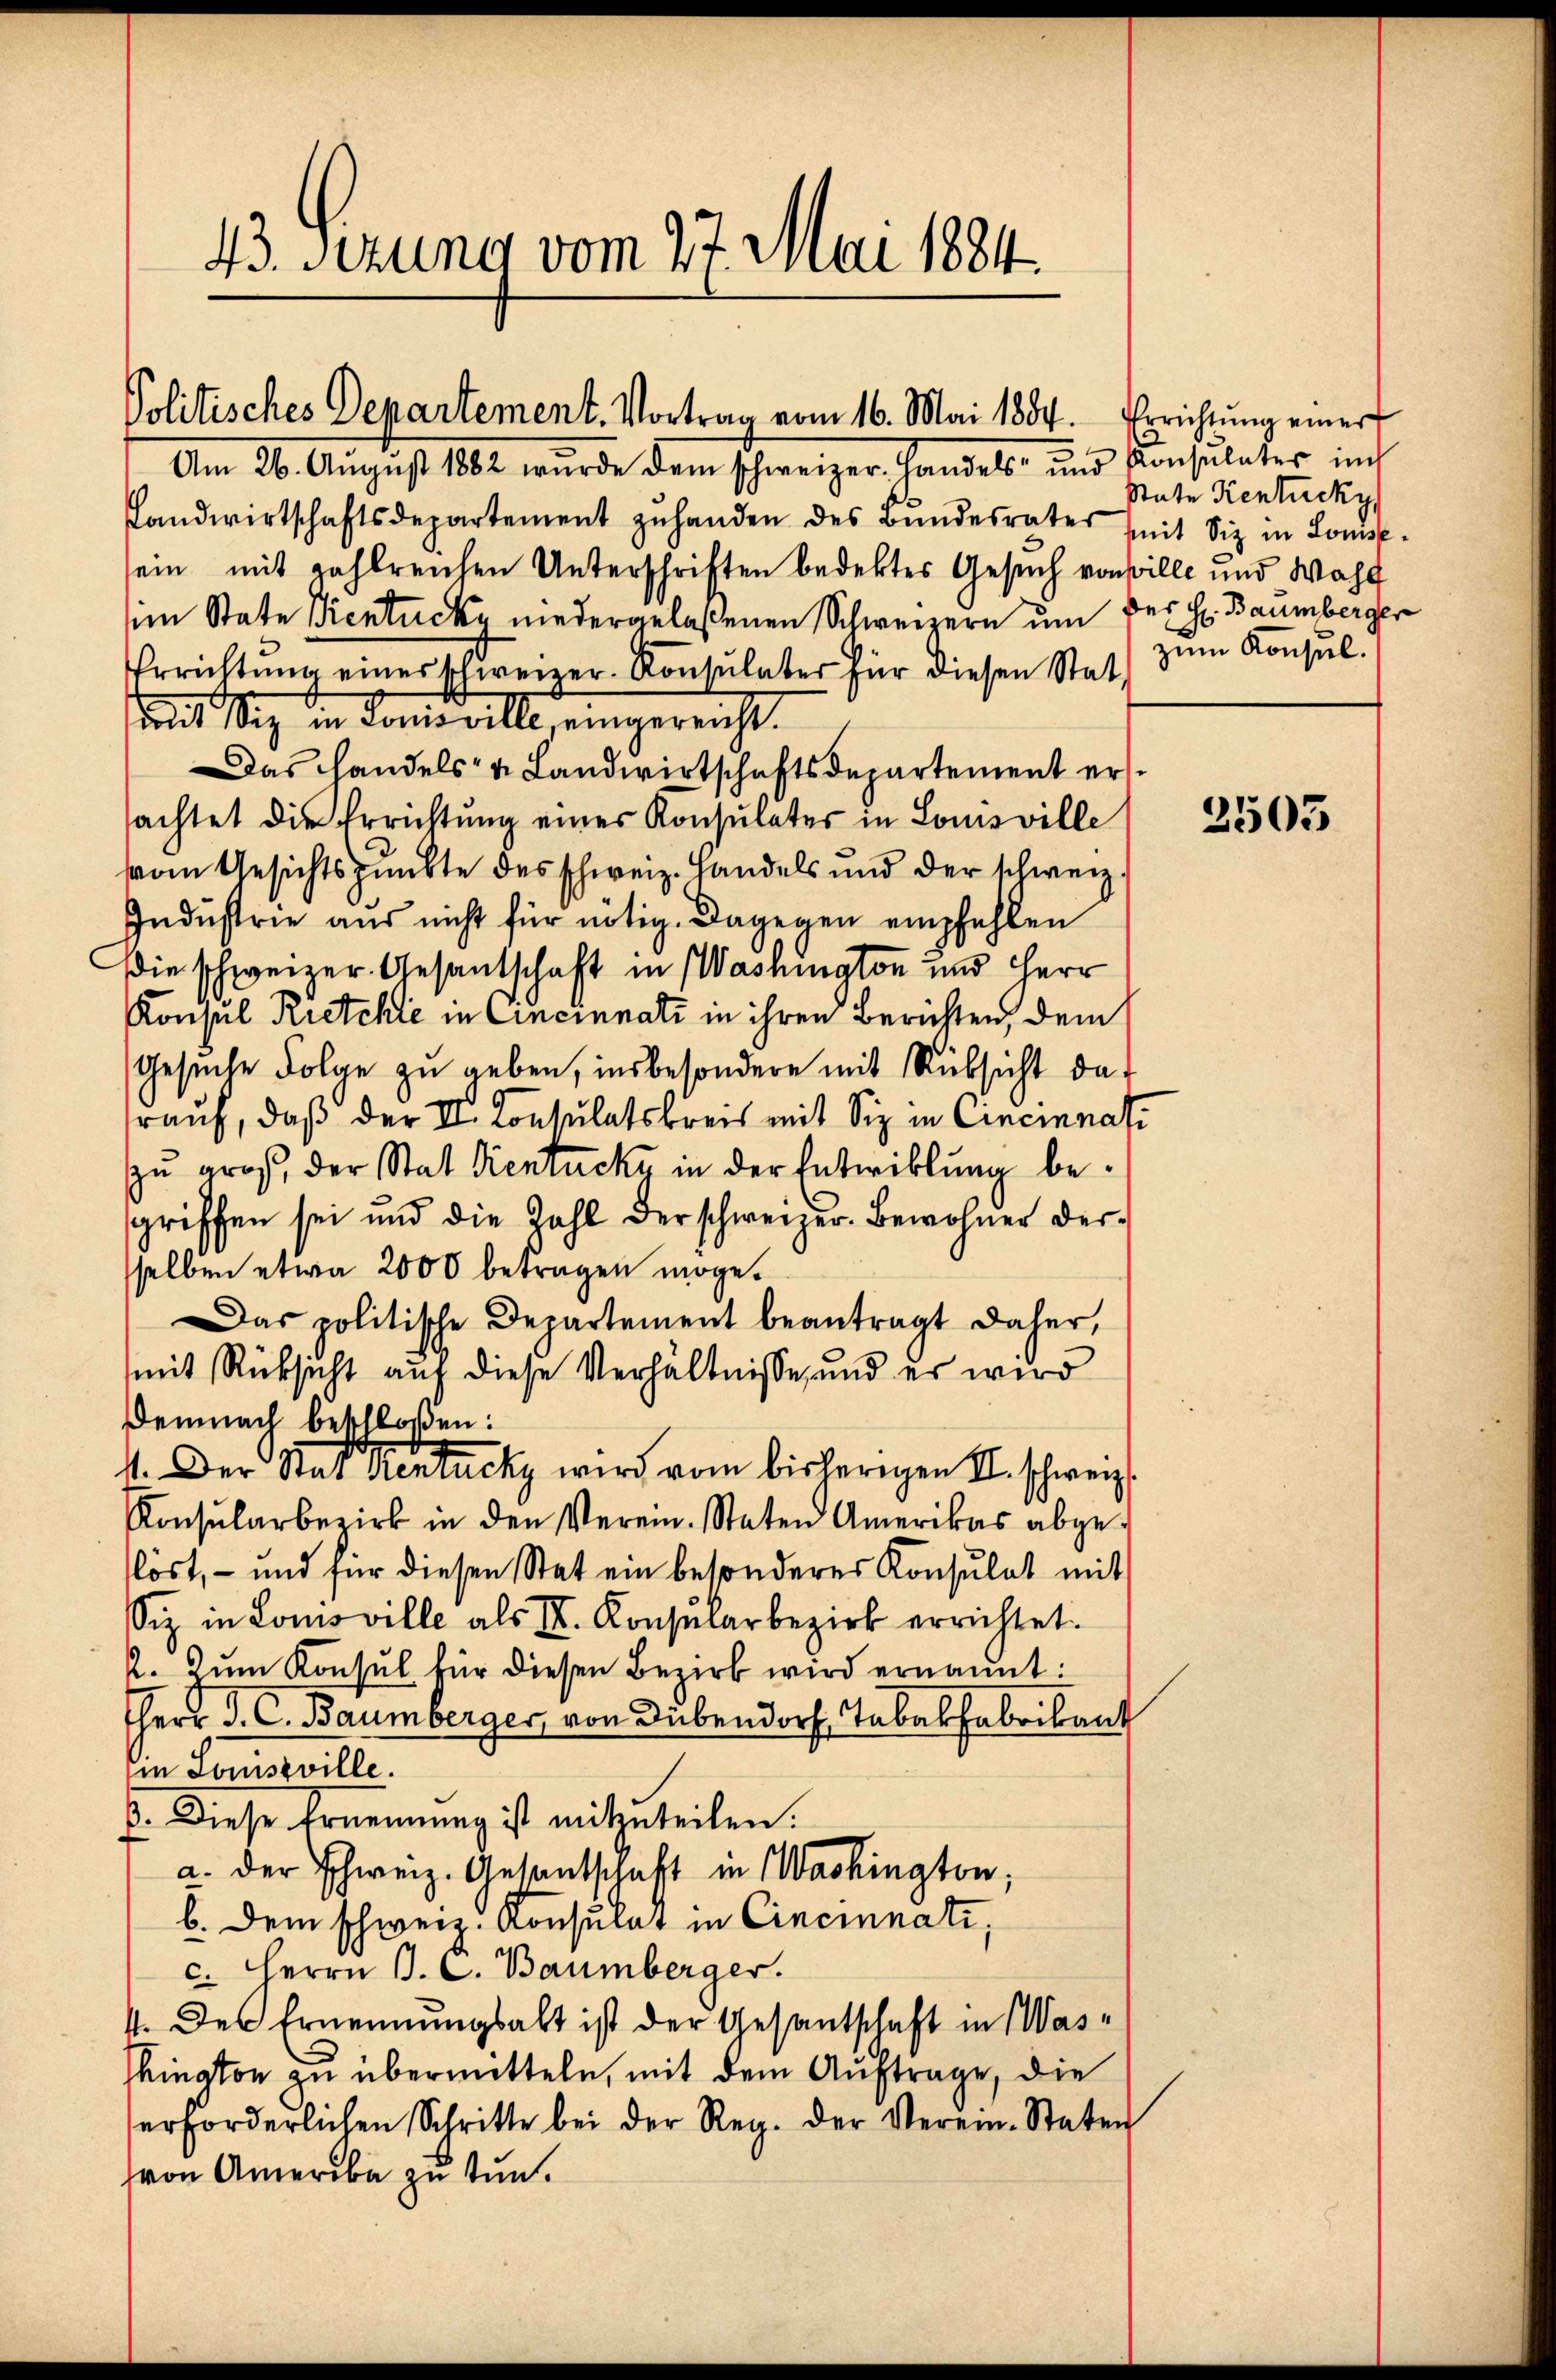
43. sezung vom 27. Mai 1884.

Politisches Departement. Vortrag vom 16. Mai 1884. Errichtung einer
Am 26. August 1882 wurde dem schweizer. Handels- und Konsulater in

Landwirtschaftsdepartement zŭ handen des Bŭndesrates mit Siz in Lomp-
sein mit zahlreichen Unterschriften bedektes Gesuch von wille und Wahl
im State Ventucky niedergelaßenen Schweizern um der H. Baumberger
Errichtŭng einer schweizer. Konsulater für diesen Stat
mit Siz in Louisville eingereicht.
Das Handels- & Landwirtschaftsdepartement ersachtet die Errichtung eines Konsulater in Louisville
vom Gesichtspunkte des Schweiz. Handels und der schweiz.
Industrie aus nicht für nötig. Dagegen empfehlen
(die schweizer Gesantschaft in Washington und Herr
Konsul Kretchić in Cincinati in ihren Berichten, dem
Gesuche Folge zu geben, insbesondere mit Rüksicht daf
rauf, daß der II. Konsulatskreis mit Sie in Cincinati
zu groß, der Stat dientack in der Entwicklung begriffen sei und die Zahl der schweizer. Bewohner der
sselben etwa 2000 betragen möge.
Das politische Departement beantragt daher,
mit Rücksicht auf diese Verhältnisse, und er wird
Demnach beschloßen:
1. Der Stat Rentuchy wird vom bisherigen II. schweiz.
Konsŭlarbezirk in den Verein. Staten Amerikas abge-
flöst, – und für diesen Stat ein besonderer Konsulat mit
Siz in Lomoville als II. Konsŭlar bezirk errichtet.
2. Zum Konsul für diesen Bezirk wird ernannt.
therr J. C. Baumberger, von Dübendorf, Tabakfabrikant
iin Louisville.
6. Diese Ernennung ist mitzuteilen.
a. der Schweiz. Gesentschaft in Washington,
b. dem schweiz. Konsulat in Cincinati,
c. Herrn J. C. Baumberger.
4. Der Ernennungsalt ist der Gesantschaft in Wasshington zu übermitteln, mit dem Auftrage, die
erforderlichen Schritte bei der Reg. der Verein-Staten
von Amerika zu tun.

State Kentucky
zum Konsul.

2505